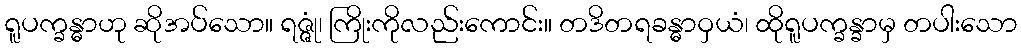
ရူပက္ခန္ဓာဟု ဆိုအပ်သော။ ရဇ္ဇုံ၊ ကြိုးကိုလည်းကောင်း။ တဒိတရခန္ဓာဝှယံ၊ ထိုရူပက္ခန္ခာမှ တပါးသော